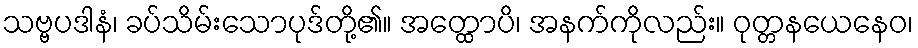
သဗ္ဗပဒါနံ၊ ခပ်သိမ်းသောပုဒ်တို့၏။ အတ္ထောပိ၊ အနက်ကိုလည်း။ ဝုတ္တနယေနေဝ၊